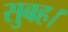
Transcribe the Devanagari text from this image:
सुबह।